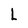
Character: L